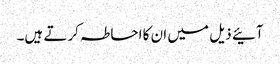
آئیے ذیل میں ان کا احاطہ کرتے ہیں۔